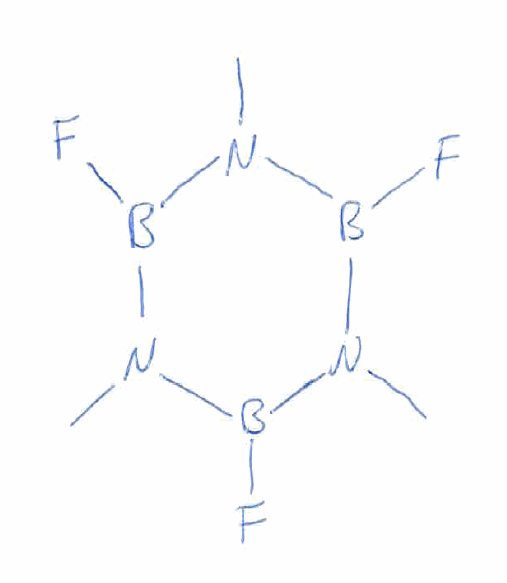
Simplified molecular-input line-entry system (SMILES) notation of the given molecule:
B1(N(B(N(B(N1C)F)C)F)C)F